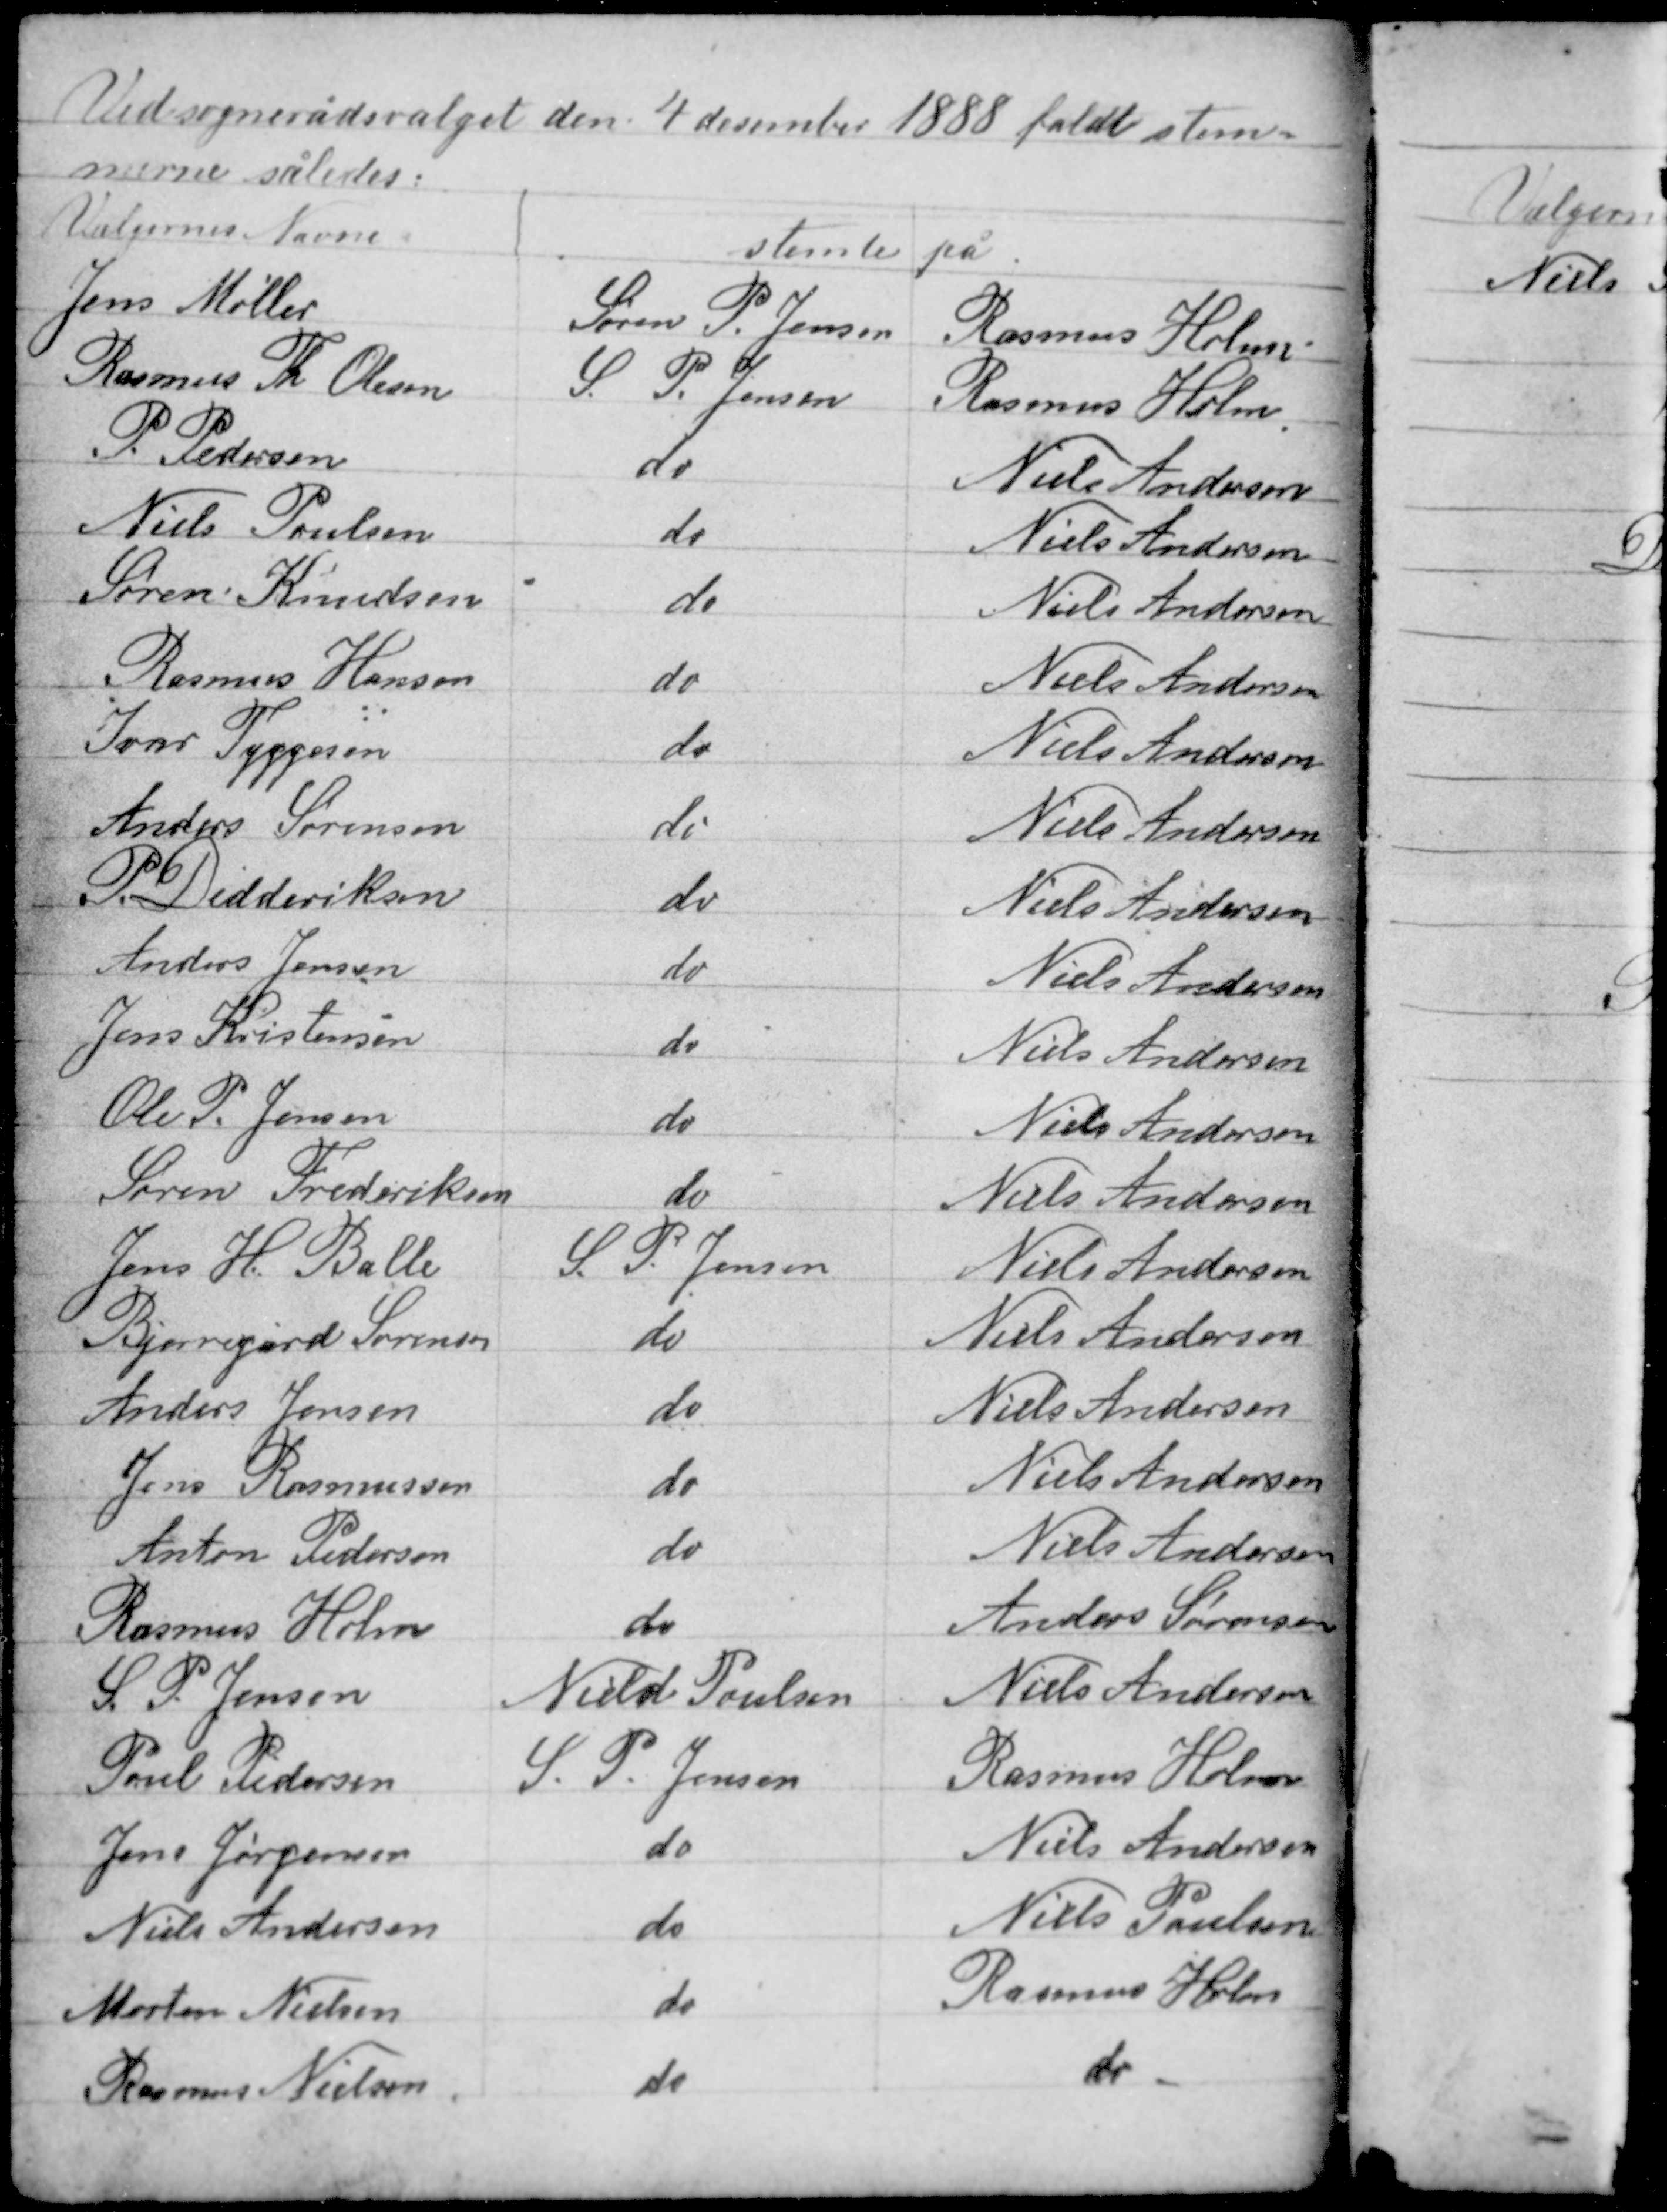
Transskription:
Ved sognerådsvalget den 4 december 1888 faldt stem-
merne således: